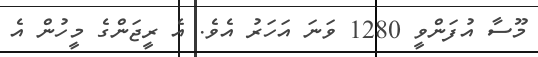
މޫސާ އުފަންވީ 1280 ވަނަ އަހަރު އެވެ. އެ ރީޖަންގެ މީހުން އެ